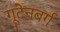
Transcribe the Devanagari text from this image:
गूटेनबर्ग